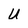
Character: u